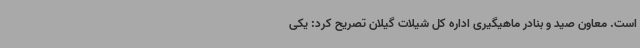
است. معاون صید و بنادر ماهیگیری اداره کل شیلات گیلان تصریح کرد: یکی